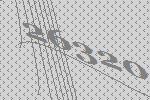
26320